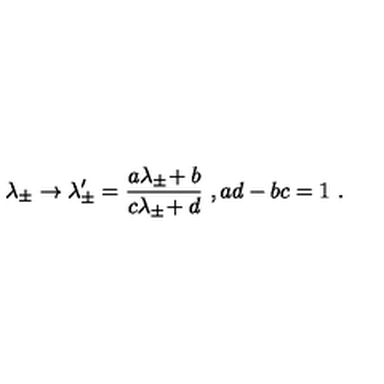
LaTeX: \lambda _ { \pm } \rightarrow \lambda _ { \pm } ^ { \prime } = { \frac { a \lambda _ { \pm } \! + b } { c \lambda _ { \pm } \! + d } } \ , a d - b c = 1 \ .